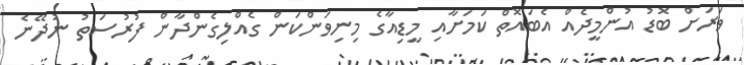
ވަރަށް ބޮޑު އުންމީދެއް އެބައޮތް ކަމަށާއި މީޑިއާގެ މިނިވަންކަން ގެއްލިގެންދާން ފުރުސަތު ނުދޭނެ